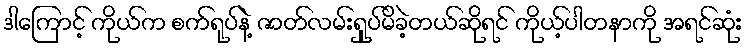
ဒါကြောင့် ကိုယ်က စက်ရုပ်နဲ့ ဇာတ်လမ်းရှုပ်မိခဲ့တယ်ဆိုရင် ကိုယ့်ပါတနာကို အရင်ဆုံး